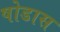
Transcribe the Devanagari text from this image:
षोडास